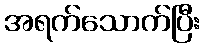
အရက်သောက်ပြီး